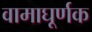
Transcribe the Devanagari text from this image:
वामाघूर्णक